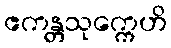
ဧကန္တသုက္ကေဟိ